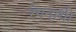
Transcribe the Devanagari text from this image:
रंगनाथी